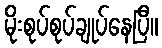
မိုးစုပ်စုပ်ချုပ်နေပြီ။